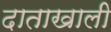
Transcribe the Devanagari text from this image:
दाताखाली